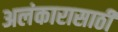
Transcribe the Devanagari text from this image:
अलंकारासाठी